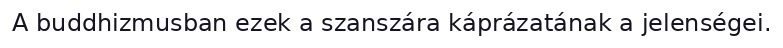
A buddhizmusban ezek a szanszára káprázatának a jelenségei.